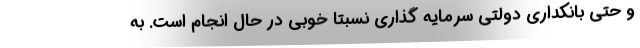
و حتی بانکداری دولتی سرمایه گذاری نسبتا خوبی در حال انجام است. به